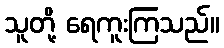
သူတို့ ရေကူးကြသည်။